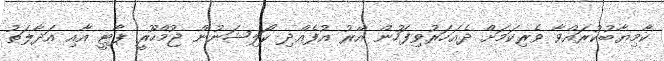
ކާމިޔާބުކުރައްވާ ވެރިކަަމަށް ދެއަހަރުވިފަހުން އޭރު އުފެއްދި ކޯލިޝަނުން ޖުމްހޫރީ ޕާޓީ އާއި އަދާލަތު